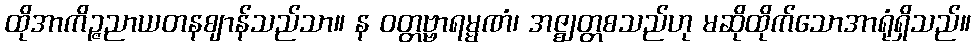
ထိုအာကိဉ္ဇညာယတနဈာန်သည်သာ။ န ဝတ္တဗ္ဗာရမ္မဏံ၊ အဇ္ဈတ္တစသည်ဟု မဆိုထိုက်သောအာရုံရှိသည်။